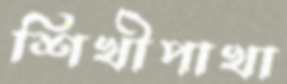
শিখীপাখা